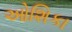
ઓશિકા